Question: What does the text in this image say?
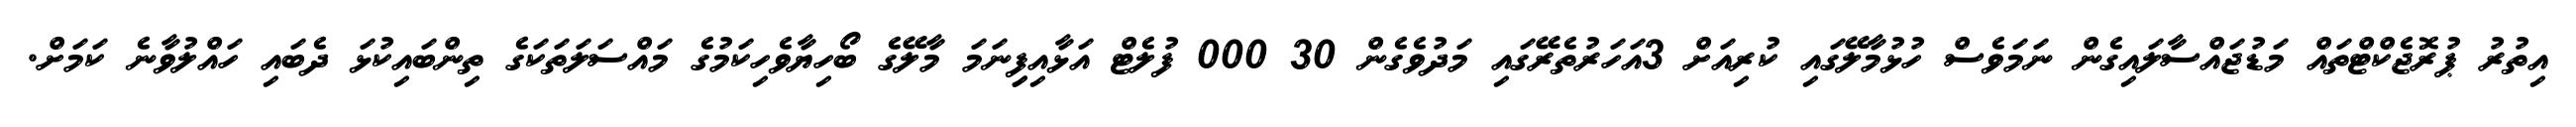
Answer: އިތުރު ޕުރޮޖެކްޓްތައް މަޑުޖައްސާލައިގެން ނަމަވެސް ހުޅުމާލޭގައި ކުރިއަށް 3އަހަރުތެރޭގައި މަދުވެގެން 30 000 ފުލެޓް އަޅާއިފިިނަމަ މާލޭގެ ބޯހިޔާވެހިކަމުގެ މައްސަލަތަކަގެ ތިންބައިކުޅަ ދެބައި ހައްލުވާނެ ކަމަށް.